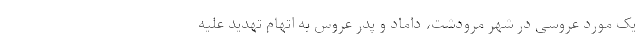
یک مورد عروسی در شهر مرودشت، داماد و پدر عروس به اتهام تهدید علیه